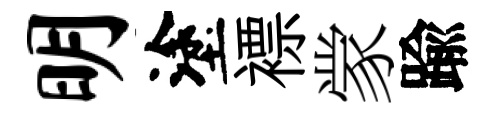
明塗褾䝉踰